Report on vaccination in the Province of Bengal - 1869-1873
Year: 1869
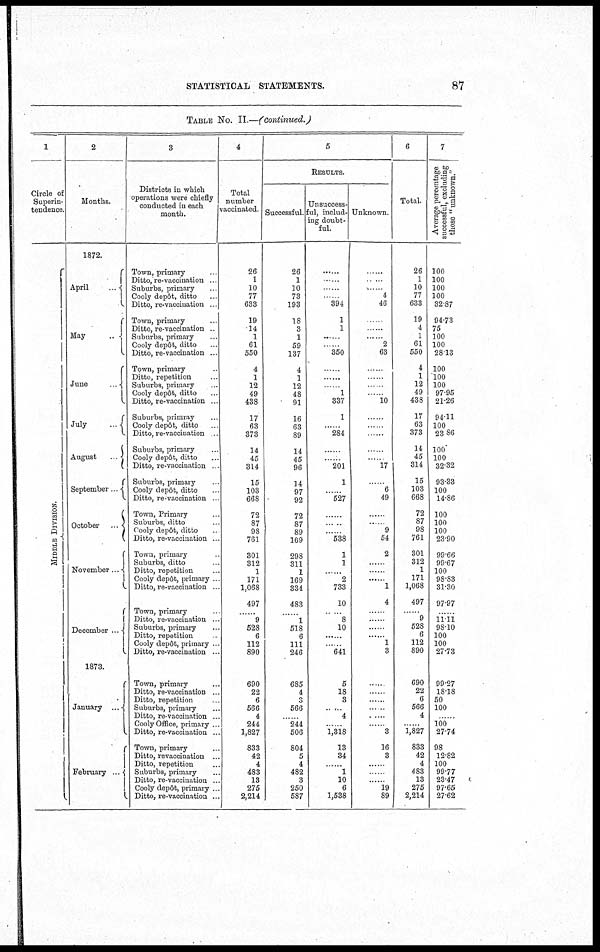
STATISTICAL STATEMENTS.
87
TABLE No. II.—(continued.)
1
Circle of
Superin-
tendence.
MIDDLE DI VI SI ON.
2
Months.
1872.
April
...
May
...
June
...
July
...
August
...
September ...
October
...
November ...
December
...
1873.
January
...
February
...
3
Districts in which
operations were chiefly
conducted in each
month.
Town, primary ...
Ditto, re-vaccination ...
Suburbs, primary ...
Cooly depôt, ditto ...
Ditto, re-vaccination ...
Town, primary ...
Ditto, re-vaccination ...
Suburbs, primary ...
Cooly depôt, ditto ...
Ditto, re-vaccination ...
Town, primary ...
Ditto, repetition ...
Suburbs, primary ...
Cooly depôt, ditto ...
Ditto, re-vaccination ...
Suburbs, primray ...
Cooly depôt, ditto ...
Ditto, re-vaccination ...
Suburbs, primary ...
Cooly depôt, ditto ...
Ditto, re-vaccination ...
Suburbs, primary ...
Cooly depôt, ditto ...
Ditto, re-vaccination ...
Town, Primary ...
Suburbs, ditto ...
Cooly depôt, ditto ...
Ditto, re-vaccination ...
Town, primary ...
Suburbs, ditto ...
Ditto, repetition ...
Cooly depôt, primary ...
Ditto, re-vaccination ...
Town, primary ...
Ditto, re-vaccination ...
Suburbs, primary ...
Ditto, repetition ...
Cooly depôt, primary ...
Ditto, re-vaccination ...
Town, primary ...
Ditto, re-vaccination ...
Ditto, repetition ...
Suburbs, primary ...
Ditto, re-vaccination ...
Cooly Office, primary ...
Ditto, re-vaccination ...
Town, primary ...
Ditto, revaccination ...
Ditto, repetition ...
Suburbs, primary ...
Ditto, re-vaccination ...
Cooly depôt, primary ...
Ditto, re-vaccination ...
4
Total
number
vaccinated.
26
1
10
77
633
19
14
1
61
550
4
1
12
49
438
17
63
373
14
45
314
15
103
668
72
87
98
761
301
312
1
171
1,068
497
......
9
528
6
112
890
690
22
6
566
4
244
1,827
833
42
4
483
13
275
2,214
5
RESULTS.
Successful.
26
1
10
73
193
18
3
1
59
137
4
1
12
48
91
16
63
89
14
45
96
14
97
92
72
87
89
169
298
311
1
169
334
483
......
1
518
6
111
246
685
4
3
566
......
244
506
804
5
4
482
3
250
587
Unsuccess-
ful, includ-
ing doubt-
ful.
......
......
......
......
394
1
1
......
350
......
......
......
1
337
1
......
284
......
......
201
1
......
527
......
......
......
538
1
1
......
2
733
10
......
8
10
......
......
641
5
18
3
......
4
......
1,318
13
34
......
1
10
6
1,538
Unknown.
.......
......
......
4
46
......
...
......
2
63
......
......
......
......
10
......
......
......
......
......
17
......
6
49
......
......
9
54
2
...
......
......
1
4
......
......
.......
......
1
3
......
......
......
......
......
......
3
16
3
......
......
......
19
89
6
Total.
26
1
10
77
633
19
4
1
61
550
4
1
12
49
438
17
63
373
14
45
314
15
103
668
72
87
98
761
301
312
1
171
1,068
497
......
9
528
6
112
890
690
22
6
566
4
......
1,827
833
42
4
483
13
275
2,214
7
Average percentage
successful, excluding
those "unknown."
100
100
100
100
32.87
94.73
75
100
100
28.13
100
100
100
97.95
21.26
94.11
100
23.86
100
100
32.32
93.33
100
14.86
100
100
100
23.90
99.66
99.67
100
98.83
31.30
97.97
......
11. 11
98.10
100
100
27.73
99.27
18.18
50
100
......
100
27.74
98
12.82
100
99.77
23.47
97.65
27.62